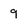
Character: 9